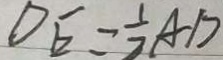
D E = \frac { 1 } { 2 } A D